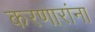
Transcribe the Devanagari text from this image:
करणारांना